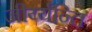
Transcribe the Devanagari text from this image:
जीर्य्यन्ति